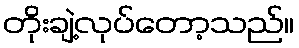
တိုးချဲ့လုပ်တော့သည်။